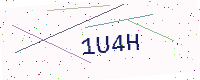
Text: 1U4H